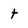
Character: t